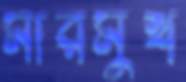
মারমুখ